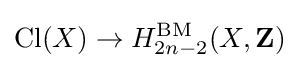
\operatorname {Cl} (X)\to H_{2n-2}^{\operatorname {BM} }(X,\mathbf {Z} )